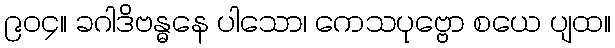
၉၀၄။ ခဂါဒိဗန္ဓနေ ပါသော၊ ကေသပုဗ္ဗော စယေ ပျထ။